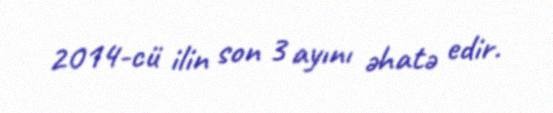
2014-cü ilin son 3 ayını əhatə edir.